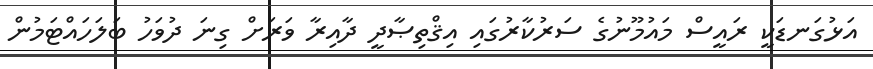
އަޅުގަނޑަކީ ރައީސް މައުމޫނުގެ ސަރުކާރުގައި އިޤްތިޞާދީ ދާއިރާ ވަރަށް ގިނަ ދުވަހު ބަލަހައްޓަމުން